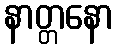
နာတ္တနော